Lunatic asylums Punjab 1881-1894 - 1881-1894
Year: 1881
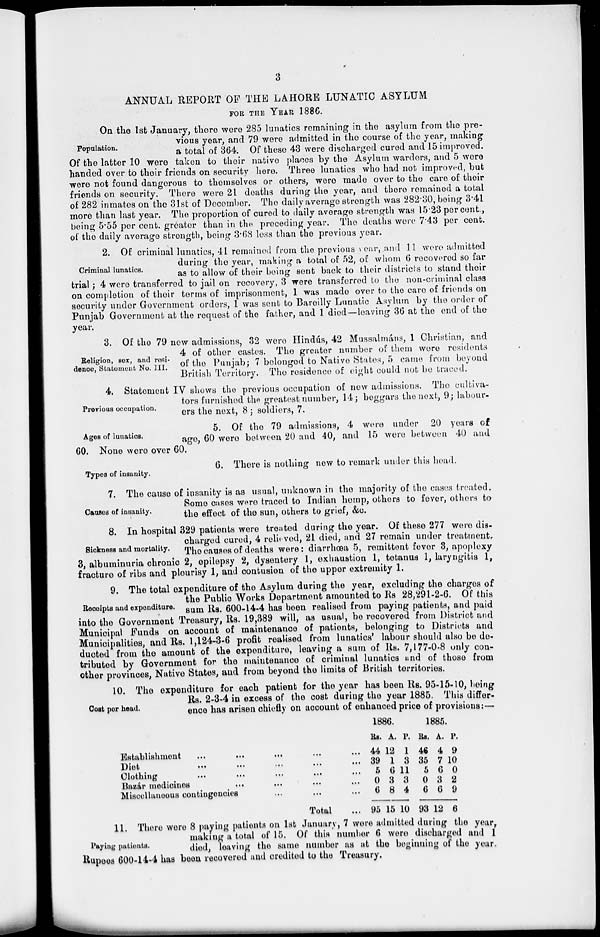
3
ANNUAL REPORT OF THE LAHORE LUNATIC ASYLUM
FOR THE YEAR 1886.
Population.
On the 1st January, there were 285 lunatics remaining in the asylum from the pre-
vious year, and 79 were admitted in the course of the year, making
a total of 364. Of these 43 were discharged cured and 15 improved.
Of the latter 10 were taken to their native places by the Asylum warders, and 5 were
handed over to their friends on security here. Three lunatics who had not improved, but
were not found dangerous to themselves or others, were made over to the care of their
friends on security. There were 21 deaths during the year, and there remained a total
of 282 inmates on the 31st of December. The daily average strength was 282.30, being 3.41
more than last year. The proportion of cured to daily average strength was 15.23 per cent.,
being 5.55 per cent. greater than in the preceding year. The deaths were 7.43 per cent.
of the daily average strength, being 3.68 loss than the previous year.
Criminal lunatics.
2. Of criminal lunatics, 41 remained from the previous year, and 11 were admitted
during the year, making a total of 52, of whom 6 recovered so far
as to allow of their being sent back to their districts to stand their
trial; 4 were transferred to jail on recovery, 3 were transferred to the non-criminal class
on completion of their terms of imprisonment, 1 was made over to the care of friends on
security under Government orders, 1 was sent to Bareilly Lunatic Asylum by the order of
Punjab Government at the request of the father, and 1 died—leaving 36 at the end of the-
year.
Religion, sex, and resi-
dence, Statement No. III.
3. Of the 79 now admissions, 32 were Hindús, 42 Mussalmáns, 1 Christian, and
4 of other castes. The greater number of them were residents
of the Punjab; 7 belonged to Native States, 5 came from beyond
British Territory. The residence of eight could not be traced.
Previous occupation.
4. Statement IV shows the previous occupation of new admissions. The cultiva-
tors furnished the greatest number, 14; beggars the next, 9; labour-
ers the next, 8; soldiers, 7.
Ages of lunatics.
5. Of the 79 admissions, 4 were under 20 years of
age, 60 were between 20 and 40, and 15 were between 40 and
60. None were over 60.
Types of insanity.
6. There is nothing new to remark under this head.
Causes of insanity.
7. The cause of insanity is as usual, unknown in the majority of the cases treated..
Some cases were traced to Indian hemp, others to fever, others to
the effect of the sun, others to grief, &c.
Sickness and mortality.
8. In hospital 329 patients were treated during the year. Of these 277 were dis-
charged cured, 4 relieved, 21 died, and 27 remain under treatment,
The causes of deaths were : diarrhœa 5, remittent fever 3, apoplexy
3, albuminuria chronic 2, epilepsy 2, dysentery 1, exhaustion 1, tetanus 1, laryngitis 1,
fracture of ribs and pleurisy 1, and contusion of the upper extremity 1.
Receipts and expenditure.
9. The total expenditure of the Asylum during the year, excluding the charges of
the Public Works Department amounted to Rs 28,291-2-6. Of this
sum Rs. 600-14-4 has been realised from paying patients, and paid
into the Government Treasury, Rs. 19,389 will, as usual, be recovered from District and
Municipal Funds on account of maintenance of patients, belonging to Districts and
Municipalities, and Rs. 1,124-3-6 profit realised from lunatics' labour should also be de-
ducted from the amount of the expenditure, leaving a sum of Rs. 7,177-0-8 only con-
tributed by Government for the maintenance of criminal lunatics and of those from
other provinces, Native States, and from beyond the limits of British territories.
Cost per head.
10. The expenditure for each patient for the year has been Rs. 95-15-10, being
Rs. 2-3-4 in excess of the cost during the year 1885. This differ-
ence has arisen chiefly on account of enhanced price of provisions:—
Establishment ...
...
...
...
...
Diet
...
...
...
...
...
Clothing
...
...
...
...
...
Bazar medicines
...
...
... ...
Miscellaneous contingencies ... ... ...
Total ...
1886.
Rs.
44
39
5
0
6
95
A.
12
1
6
3
8
15
P.
1
3
11
3
4
10
1885.
Rs.
46
35
5
0
6
93
A.
4
7
6
3
6
12
P.
9
10
0
2
9
6
Paying patients.
11. There were 8 paying patients on 1st January, 7 were admitted during the year,
making a total of 15. Of this number 6 were discharged and 1
died, leaving the same number as at the beginning of the year.
Rupees 600-14-4 has been recovered and credited to the Treasury.